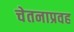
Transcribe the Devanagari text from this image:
चेतनाप्रवह